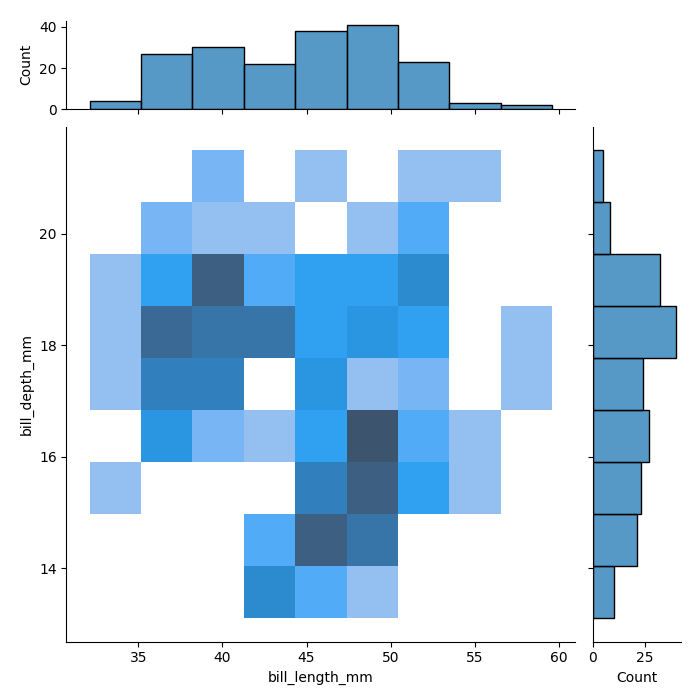
python, seaborn, jointplot, kind='hist', height='7', ratio='5', marginal_ticks='True'